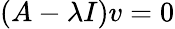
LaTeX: (A-\lambda I)v=0